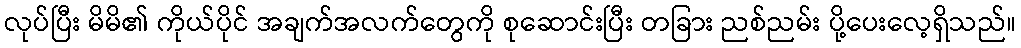
လုပ်ပြီး မိမိ၏ ကိုယ်ပိုင် အချက်အလက်တွေကို စုဆောင်းပြီး တခြား ညစ်ညမ်း ပို့ပေးလေ့ရှိသည်။